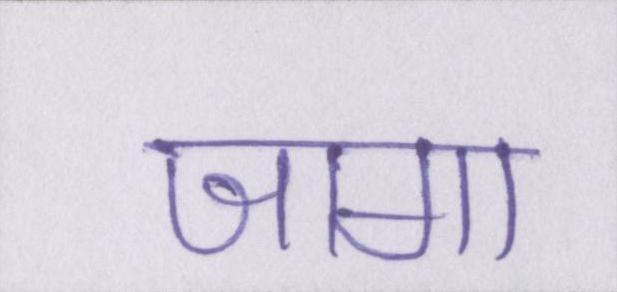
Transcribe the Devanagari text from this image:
जागा